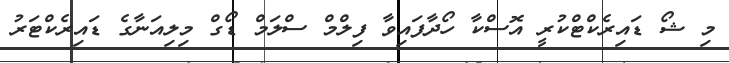
މި ޝޯ ޑައިރެކްޓްކުރީ އޮސްކާ ހޯދާފައިވާ ފިލްމް ސްލަމް ޑޯގް މިލިއަނާގެ ޑައިރެކްޓަރު